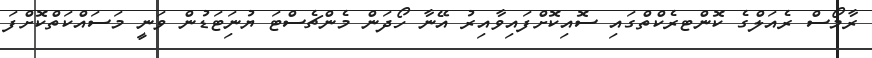
ރާމޯސް ރެއަލްގެ ކޮންޓރެކްތްގައި ސޮއިކޮށްފައިވާއިރު އޭނާ ހޯދަން މެންޗެސްޓަ ޔުނަިޓަޑުން ވަނީ މަސައްކަތްކޮށްފަ